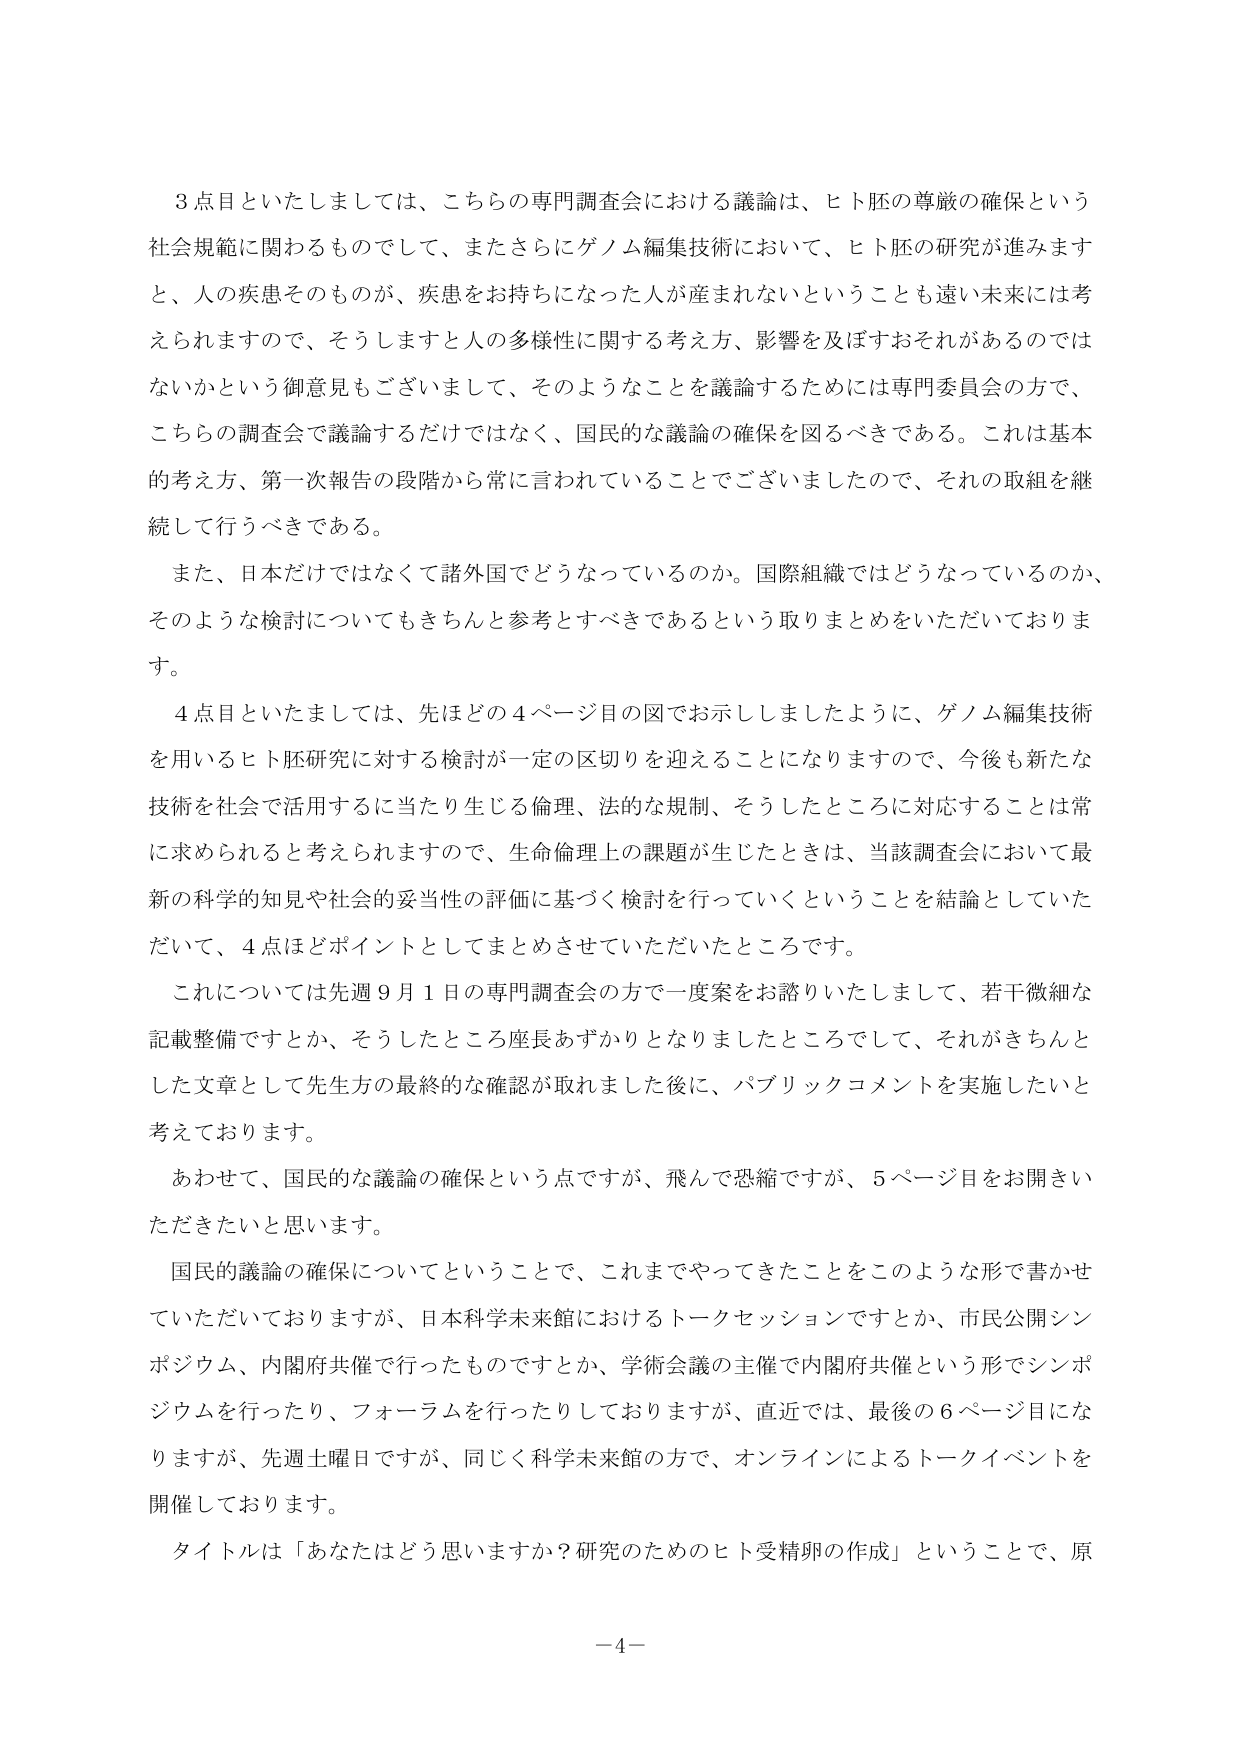
３点目といたしましては、こちらの専門調査会における議論は、ヒト胚の尊厳の確保という社会規範に関わるものでして、またさらにゲノム編集技術において、ヒト胚の研究が進みますと、人の疾患そのものが、疾患をお持ちになった人が産まれないということも遠い未来には考えられますので、そうしますと人の多様性に関する考え方、影響を及ぼすおそれがあるのではないかという御意見もございまして、そのようなことを議論するためには専門委員会の方で、こちらの調査会で議論するだけではなく、国民的な議論の確保を図るべきである。これは基本的考え方、第一次報告の段階から常に言われていることでございましたので、それの取組を継続して行うべきである。

また、日本だけではなくて諸外国でどうなっているのか。国際組織ではどうなっているのか、そのような検討についてもきちんと参考とすべきであるという取りまとめをいただいております。

４点目といたしましては、先ほどの４ページ目の図でお示ししましたように、ゲノム編集技術を用いるヒト胚研究に対する検討が一定の区切りを迎えることになりますので、今後も新たな技術を社会で活用するに当たり生じる倫理、法的な規制、そうしたところに対応することは常に求められると考えられますので、生命倫理上の課題が生じたときは、当該調査会において最新の科学的知見や社会的妥当性の評価に基づく検討を行っていくということを結論としていただいて、４点ほどポイントとしてまとめさせていただいたところです。

これについては先週９月１日の専門調査会の方で一度案をお諮りいたしまして、若干微細な記載整備ですとか、そうしたところ座長あずかりとなりましたところでして、それがきちんとした文章として先生方の最終的な確認が取れました後に、パブリックコメントを実施したいと考えております。

あわせて、国民的な議論の確保という点ですが、飛んで恐縮ですが、５ページ目をお開きいただきたいと思います。

国民的議論の確保についてということで、これまでやってきたことをこのような形で書かせていただいておりますが、日本科学未来館におけるトークセッションですとか、市民公開シンポジウム、内閣府共催で行ったものですとか、学術会議の主催で内閣府共催という形でシンポジウムを行ったり、フォーラムを行ったりしておりますが、直近では、最後の６ページ目になりますが、先週土曜日ですが、同じく科学未来館の方で、オンラインによるトークイベントを開催しております。

タイトルは「あなたはどう思いますか？研究のためのヒト受精卵の作成」ということで、原

－４－